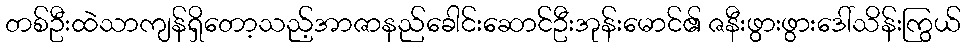
တစ်ဦးထဲသာကျန်ရှိတော့သည့်အာဇာနည်ခေါင်းဆောင်ဦးအုန်းမောင်၏ ဇနီးဖွားဖွားဒေါ်သိန်းကြွယ်